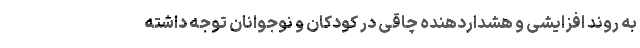
به روند افزایشی و هشداردهنده چاقی در کودکان و نوجوانان توجه داشته